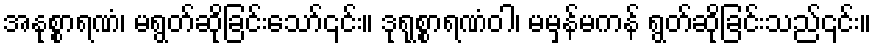
အနုစ္စာရဏံ၊ မရွတ်ဆိုခြင်းသော်၎င်း။ ဒုရုစ္စာရဏံဝါ၊ မမှန်မကန် ရွတ်ဆိုခြင်းသည်၎င်း။